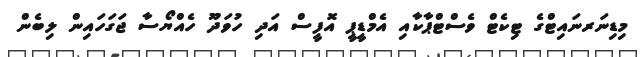
މިޑިނަރނައިޓްގެ ޓިކެޓް ވެސްޓްޕާކާއި އެމްޑީޕީ އޮފީސް އަދި ހުވަދޫ ހެއްޔޯސާ ޖަގަހައިން ލިބެން